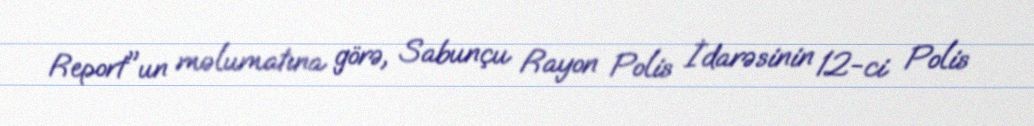
Report"un məlumatına görə, Sabunçu Rayon Polis İdarəsinin 12-ci Polis